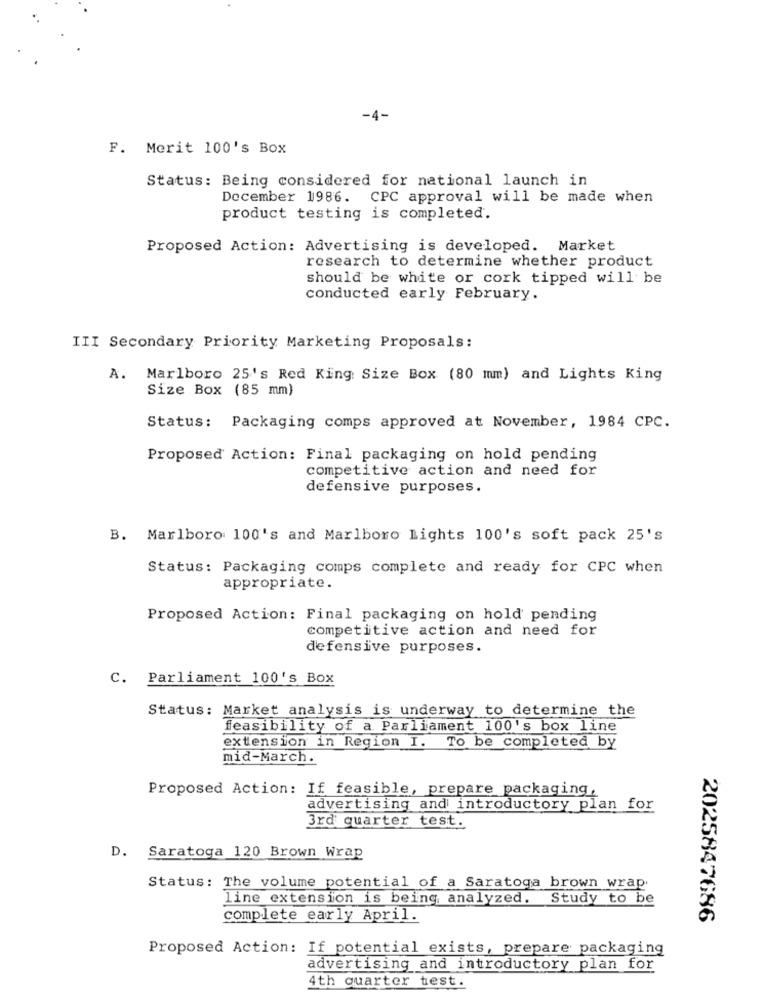
-4-
F. Merit 100's Box
Status: Being considered for national launch in
December 1986. CPC approval will be made when
product testing is completed.
Proposed Action: Advertising is developed. Market
research to determine whether product
should be white or cork tipped will be
conducted early February.
III Secondary Priority Marketing Proposals:
A. Marlboro 25's Red King Size Box (80 mm) and Lights King
Size Box (85 mm)
Status: Packaging comps approved at November, 1984 CPC.
Proposed Action: Final packaging on hold pending
competitive action and need for
defensive purposes.
B. Marlboro 100's and Marlboro Lights 100's soft pack 25's
Status: Packaging comps complete and ready for CPC when
appropriate.
Proposed Action: Final packaging on hold pending
competitive action and need for
defensive purposes.
C.
Parliament 100's Box
Status: Market analysis is underway to determine the
feasibility of a Parliament 100's box line
extension in Region I. To be completed by
mid-March.
Proposed Action: If feasible, prepare packaging,
advertising and introductory plan for
3rd quarter test.
D. Saratoga 120 Brown Wrap
Status: The volume potential of a Saratoga brown wrap.
line extension is being analyzed. Study to be
complete early April.
2025847686
Proposed Action: If potential exists, prepare packaging
advertising and introductory plan for
4th quarter test.